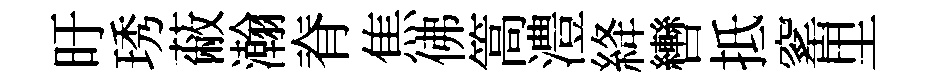
旴琇蔽瀚脊焦佛篙澧絳轡抵窰里